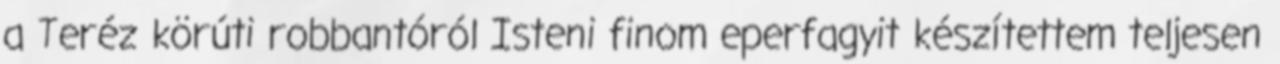
a Teréz körúti robbantóról Isteni finom eperfagyit készítettem teljesen